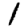
Digit: 1